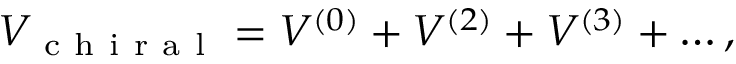
\begin{array} { r } { V _ { \mathrm { ~ c ~ h ~ i ~ r ~ a ~ l ~ } } = V ^ { ( 0 ) } + V ^ { ( 2 ) } + V ^ { ( 3 ) } + \dots , } \end{array}